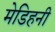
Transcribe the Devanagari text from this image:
मेडिहनी